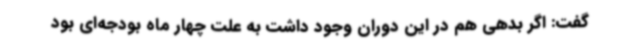
گفت: اگر بدهی هم در این دوران وجود داشت به علت چهار ماه بودجه‌ای بود